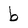
Character: b